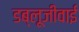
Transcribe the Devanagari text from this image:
डब्लूजीवाई